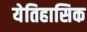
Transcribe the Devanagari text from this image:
येतिहासिक